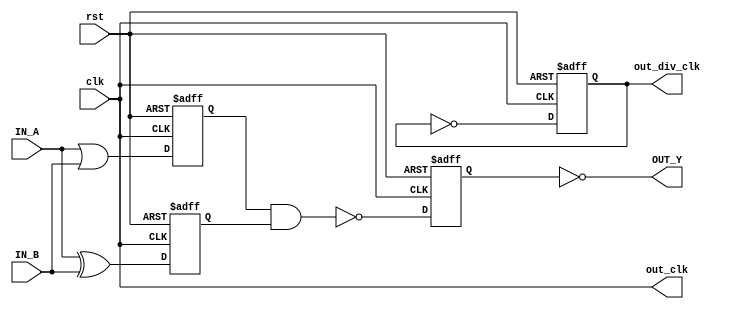

module lab8_circuit (input rst, input clk , input IN_A , input IN_B , output OUT_Y , output out_clk , output reg out_div_clk);
reg REGA , REGB , REGC ; 

always @ (posedge clk , posedge rst)
begin
	if(rst)
	begin
		REGA <= 1'b0;
		REGB <= 1'b0;
		REGC <= 1'b0;
		out_div_clk <= 1'b0;
	end
	else
	begin
		REGA <= IN_A | IN_B;
		REGB <= IN_A ^ IN_B;
		REGC <= !(REGA & REGB);
		out_div_clk <= ~out_div_clk; 
	end
end

assign OUT_Y = ~REGC;

assign out_clk = clk;

endmodule